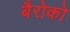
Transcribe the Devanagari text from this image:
बैरोको